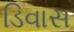
ડિવાસ